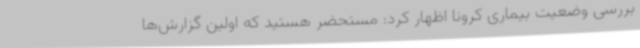
بررسی وضعیت بیماری کرونا اظهار کرد: مستحضر هستید که اولین گزارش‌ها